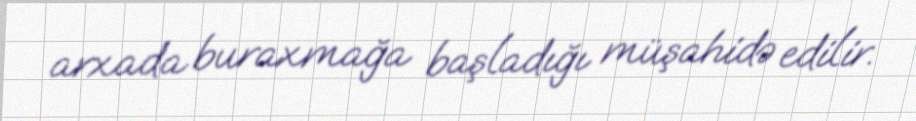
arxada buraxmağa başladığı müşahidə edilir.